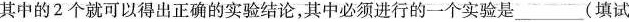
其中的2个就可以得出正确的实验结论，其中必须进行的一个实验是___(填试